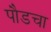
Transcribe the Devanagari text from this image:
पौडचा